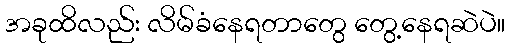
အခုထိလည်း လိမ်ခံနေရတာတွေ တွေ့နေရဆဲပဲ။